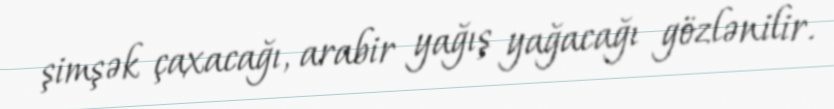
şimşək çaxacağı, arabir yağış yağacağı gözlənilir.